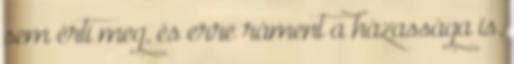
sem érti meg, és erre ráment a házassága is.